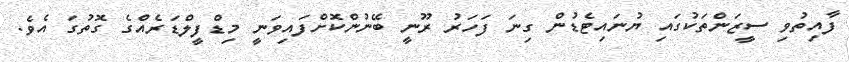
ފާއިތުވި ސީޒަންތަކުގައި ޔުނައިޓެޑުން ގިނަ ފަހަރު ރޫނީ ބޭނުންކޮށްފައިވަނީ މިޑްފީލްޑަރެއްގެ ގޮތުގަ އެވެ.